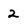
Character: 2